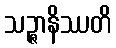
သဉ္ဇာနိဿတိ